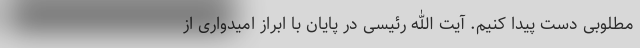
مطلوبی دست پیدا کنیم. آیت الله رئیسی در پایان با ابراز امیدواری از